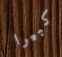
كبيرا